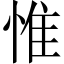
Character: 惟